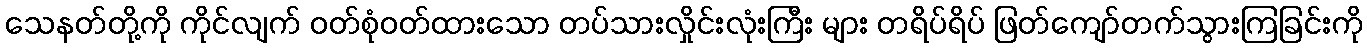
သေနတ်တို့ကို ကိုင်လျက် ဝတ်စုံဝတ်ထားသော တပ်သားလှိုင်းလုံးကြီး များ တရိပ်ရိပ် ဖြတ်ကျော်တက်သွားကြခြင်းကို